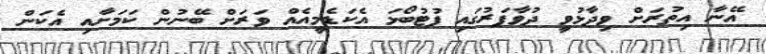
އޭނާ އިތުރަށް ވިދާޅުވީ ދުވާފަރުގައި ފުޓުބޯޅަ އެކަޑެމީއެއް ވަރަށް ބޭނުން ކަމަށާއި އެކަން